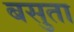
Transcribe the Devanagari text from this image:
बसुता